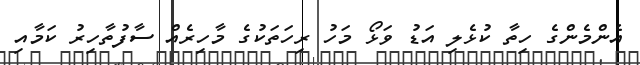
އެންމެންގެ ހިތާ ކުޅެލި އަޑު ވަޅޯ މަހު ރިހަތަކުގެ މާހިރެއް ސާފުތާހިރު ކަމާއި